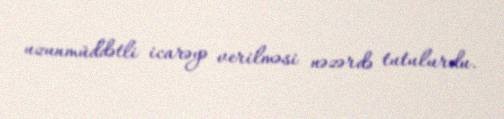
uzunmüddətli icarəyə verilməsi nəzərdə tutulurdu.